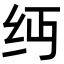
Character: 𬘔